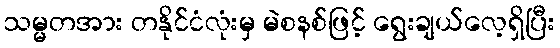
သမ္မတအား တနိုင်ငံလုံးမှ မဲစနစ်ဖြင့် ရွေးချယ်လေ့ရှိပြီး